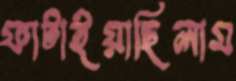
ফাটাইয়াছিলাম